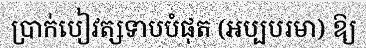
ប្រាក់បៀវត្សទាបបំផុត (អប្បបរមា) ឱ្យ